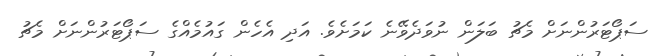
ސަޕޯޓަރުންނަށް މެޗު ބަލަން ނުވަދެވޭނެ ކަމަށެވެ. އަދި އެހެން ގައުމެއްގެ ސަޕޯޓަރުންނަށް މެޗު